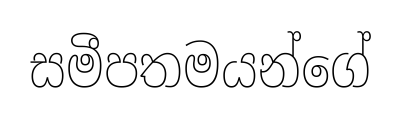
සමීපතමයන්ගේ